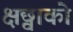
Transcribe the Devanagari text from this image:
क्षछ्वाको